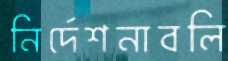
নির্দেশনাবলি